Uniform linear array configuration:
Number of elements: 8
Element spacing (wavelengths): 0.5
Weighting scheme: cosine
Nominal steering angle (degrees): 15
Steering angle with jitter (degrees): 16.0
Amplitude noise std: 0.05
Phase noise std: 0.05

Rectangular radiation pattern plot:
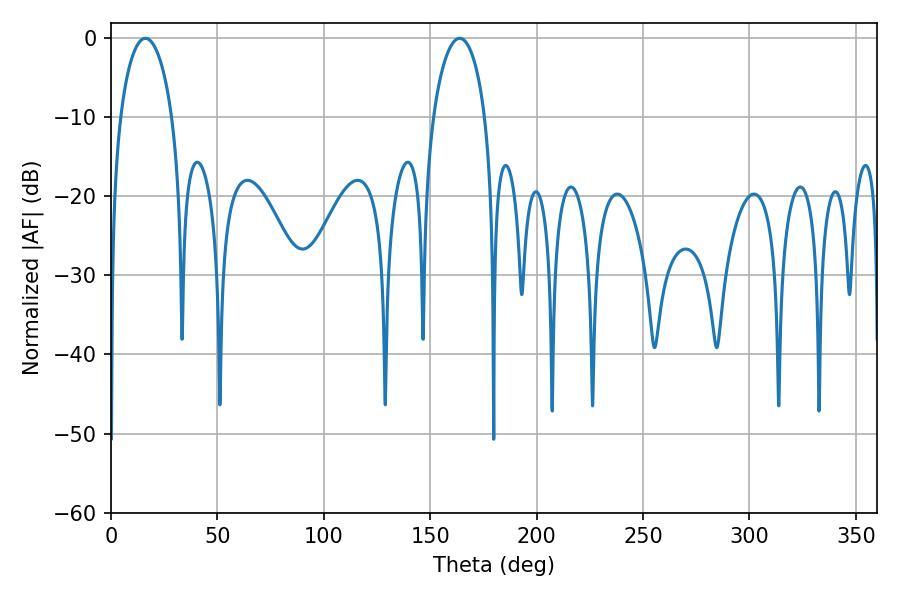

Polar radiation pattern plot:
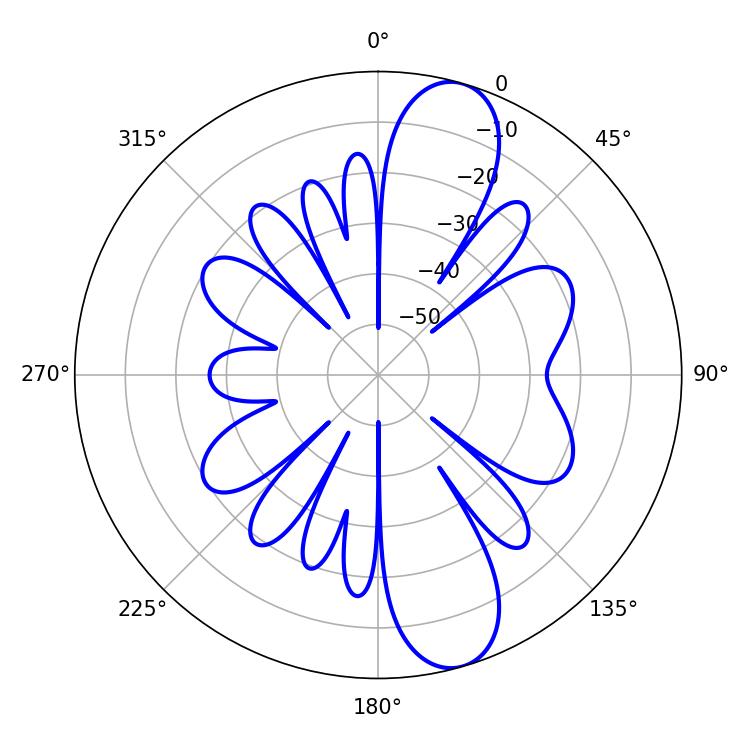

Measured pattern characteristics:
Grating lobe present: FALSE
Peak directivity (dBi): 11.309
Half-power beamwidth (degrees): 13.86
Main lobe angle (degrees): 16.2